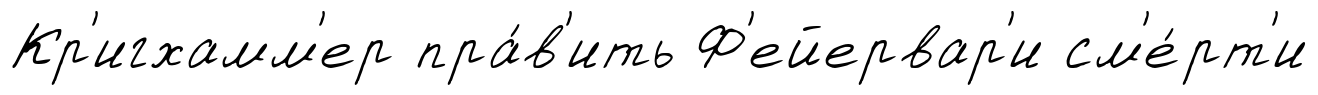
Кр'игхамм'ер пра́в'ить Ф'ейервар'и см'е́рт'и